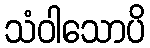
သံဝါသောပိ